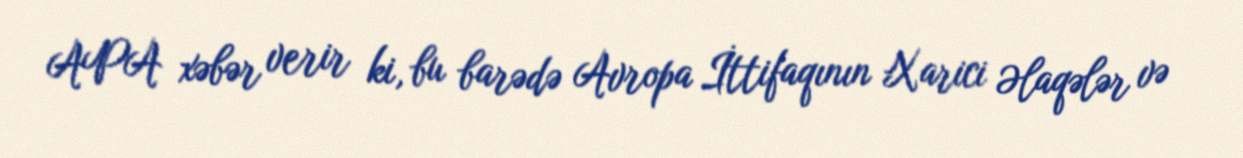
APA xəbər verir ki, bu barədə Avropa İttifaqının Xarici Əlaqələr və